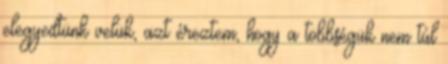
elegyedtünk velük, azt éreztem, hogy a többségük nem túl